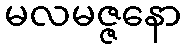
မလမဇ္ဇနော